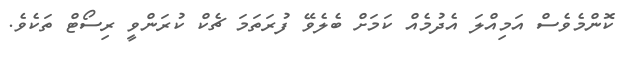
ކޮންމެވެސް އަމިއްލަ އެދުމެއް ކަމަށް ބެލެވޭ ފުރަތަމަ ޗެކް ކުރަންވީ ރިސޯޓް ތަކެވެ.